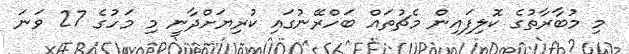
މި މުބާރާތުގެ ކޮލިފައިން މެޗުތައް ބަހްރޭނުގައި ކުރިޔަށްދާނީ މި މަހުގެ 27 ވަނަ